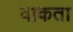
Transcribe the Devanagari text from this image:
वाकता